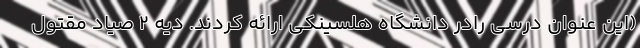
(این عنوان درسی رادر دانشگاه هلسینکی ارائه کردند. دیه 2 صیاد مقتول